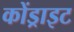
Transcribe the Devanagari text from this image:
कोंड्राइट